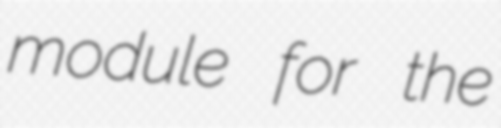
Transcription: module for the